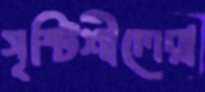
সৃষ্টিশীলেরা